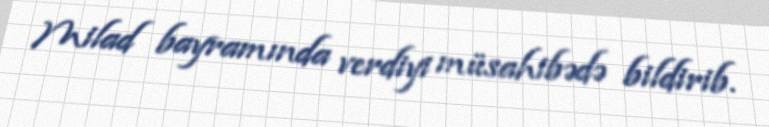
Milad bayramında verdiyi müsahibədə bildirib.